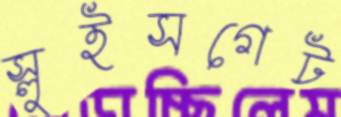
স্লুইসগেট